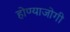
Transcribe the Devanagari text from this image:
होण्याजोगी